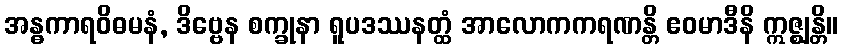
အန္ဓကာရဝိဓမနံ, ဒိဗ္ဗေန စက္ခုနာ ရူပဒဿနတ္ထံ အာလောကကရဏန္တိ ဧဝမာဒီနိ ဣဇ္ဈန္တိ။